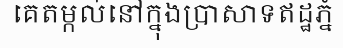
គេតម្កល់នៅក្នុងប្រាសាទឥដ្ឋភ្នំ